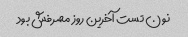
نون تست آخرین روز مصرفش بود